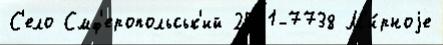
С'ело Смф'еропольськ'ий 2541-7738 М'и́рноjе